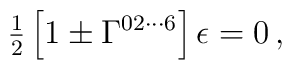
{\textstyle\frac{1}{2}}\left[1\pm \Gamma^{02\cdots 6}\right]  \epsilon =0\, ,